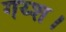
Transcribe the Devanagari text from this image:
गय्श।